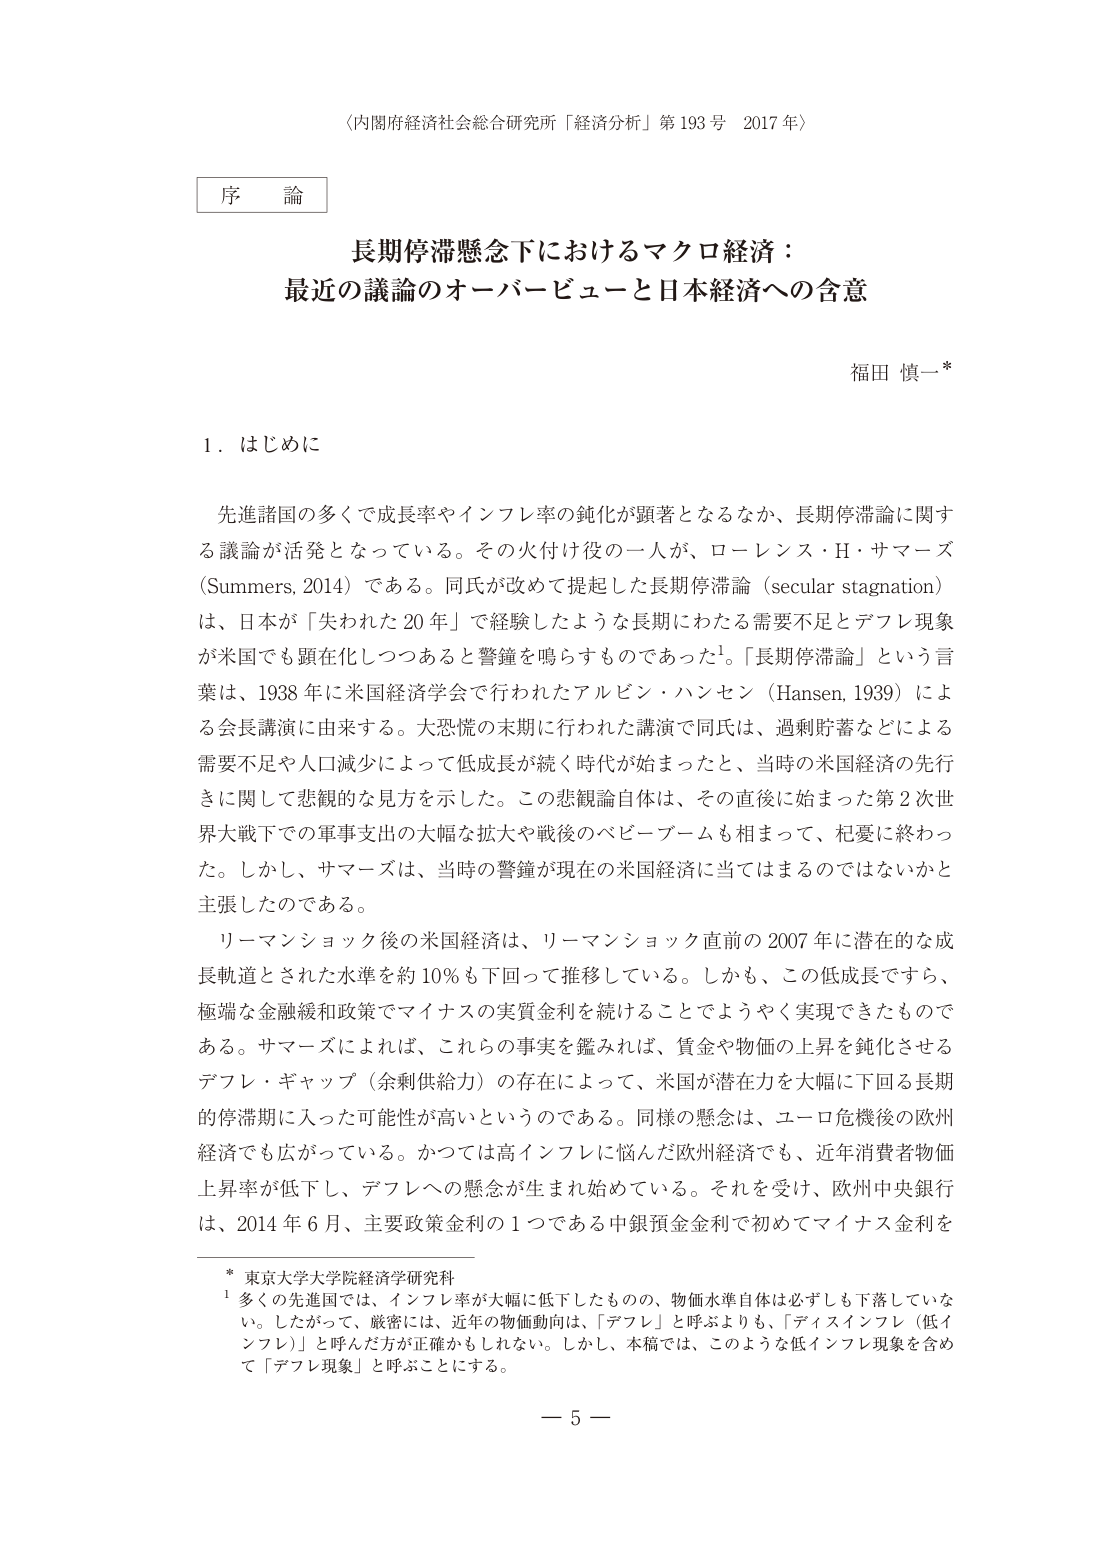
〈内閣府経済社会総合研究所「経済分析」第193号 2017年〉

序 論

長期停滞懸念下におけるマクロ経済：
最近の議論のオーバービューと日本経済への含意

福田 慎一*

1．はじめに

先進諸国の多くで成長率やインフレ率の鈍化が顕著となるなか、長期停滞論に関する議論が活発となっている。その火付け役の一人が、ローレンス・H・サマーズ（Summers, 2014）である。同氏が改めて提起した長期停滞論（secular stagnation）は、日本が「失われた20年」で経験したような長期にわたる需要不足とデフレ現象が米国でも顕在化しつつあると警鐘を鳴らすものであった¹。「長期停滞論」という言葉は、1938年に米国経済学会で行われたアルビン・ハンセン（Hansen, 1939）による会長講演に由来する。大恐慌の末期に行われた講演で同氏は、過剰貯蓄などによる需要不足や人口減少によって低成長が続く時代が始まったと、当時の米国経済の先行きに関して悲観的な見方を示した。この悲観論自体は、その直後に始まった第2次世界大戦下での軍事支出の大幅な拡大や戦後のベビーブームも相まって、杞憂に終わった。しかし、サマーズは、当時の警鐘が現在の米国経済に当てはまるのではないかと主張したのである。

リーマンショック後の米国経済は、リーマンショック直前の2007年に潜在的な成長軌道とされた水準を約10％も下回って推移している。しかも、この低成長ですら、極端な金融緩和政策でマイナスの実質金利を続けることによってようやく実現できたものである。サマーズによれば、これらの事実を鑑みれば、賃金や物価の上昇を鈍化させるデフレ・ギャップ（余剰供給力）の存在によって、米国が潜在力を大幅に下回る長期的停滞期に入った可能性が高いというのである。同様の懸念は、ユーロ危機後の欧州経済でも広がっている。かつては高インフレに悩んだ欧州経済でも、近年消費者物価上昇率が低下し、デフレへの懸念が生まれ始めている。それを受け、欧州中央銀行は、2014年6月、主要政策金利の1つである中銀預金金利で初めてマイナス金利を

* 東京大学大学院経済学研究科

¹ 多くの先進国では、インフレ率が大幅に低下したものの、物価水準自体は必ずしも下落していない。したがって、厳密には、近年の物価動向は、「デフレ」と呼ぶよりも、「ディスインフレ（低インフレ）」と呼んだ方が正確かもしれない。しかし、本稿では、このような低インフレ現象を含めて「デフレ現象」と呼ぶことにする。

－ 5 －